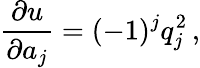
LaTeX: {\frac{\partial u}{\partial a_{j}}}=(-1)^{j}q_{j}^{2}\, ,